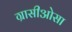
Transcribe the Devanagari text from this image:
ग्रासीओसा